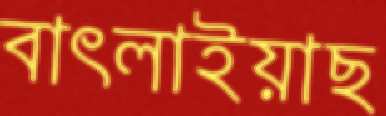
বাৎলাইয়াছ